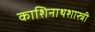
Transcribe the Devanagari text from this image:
काशिनाथशास्त्री